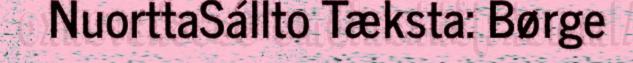
NuorttaSállto Tæksta: Børge